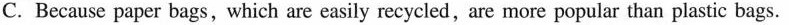
C. Because paper bags which are easily recycled, are more popular than plastic bags.